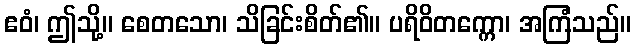
ဧဝံ၊ ဤသို့။ စေတသော၊ သိခြင်းစိတ်၏။ ပရိဝိတက္ကော၊ အကြံသည်။